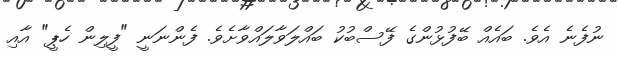
ނުފެނެ އެވެ. ބައެއް ބޭފުޅުންގެ ފޭސްބުކު ބައްލަވާލައްވާށެވެ. ފެންނަނީ "ފީލިން ހެޕީ" އާއި